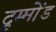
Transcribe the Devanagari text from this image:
दृम्मोंड